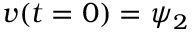
v ( t = 0 ) = \psi _ { 2 }